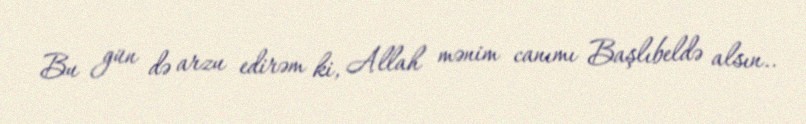
Bu gün də arzu edirəm ki, Allah mənim canımı Başlıbeldə alsın..